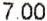
7.00